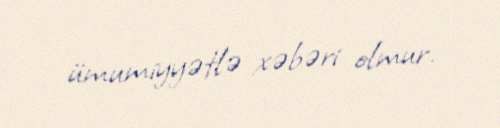
ümumiyyətlə xəbəri olmur.